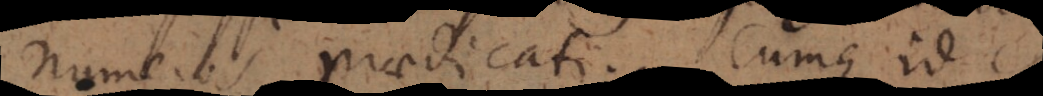
numeros praedicati. Cumque id